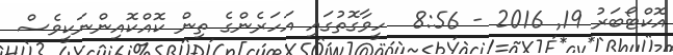
އޮކްޓޯބަރު 19